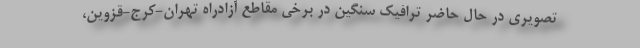
تصویری در حال حاضر ترافیک سنگین در برخی مقاطع آزادراه تهران-کرج-قزوین،